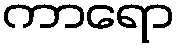
ကာရော